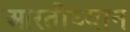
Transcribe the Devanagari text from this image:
आरतीध्यान